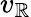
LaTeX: v_{\mathbb{R}}